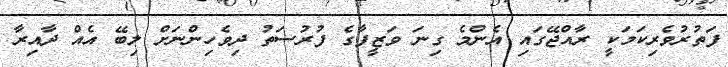
ފަތުރުވެރިކަމަކީ ރާއްޖޭގައި އެންމެ ގިނަ ވަޒީފާގެ ފުރުސަތު ދިވެހިންނަށް ލިބޭ އެއް ދާއިރާ